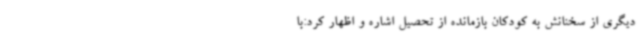
دیگری از سخنانش به کودکان بازمانده از تحصیل اشاره و اظهار کرد:با